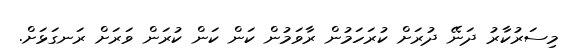
މިސަރުކާރު ދަނޭ ދުރަށް ކުރަހަމުން ރާވަމުން ކަން ކަން ކުރަން ވަރަށް ރަނގަޅަށް.